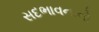
સદભાવનાનો